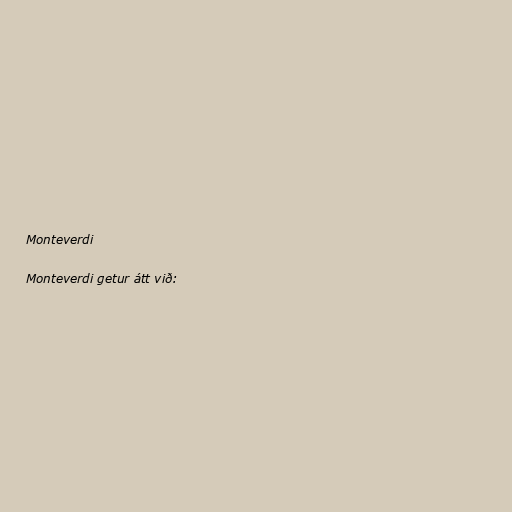
Monteverdi

Monteverdi getur átt við: